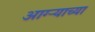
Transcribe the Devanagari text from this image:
आग्ऱ्याच्या